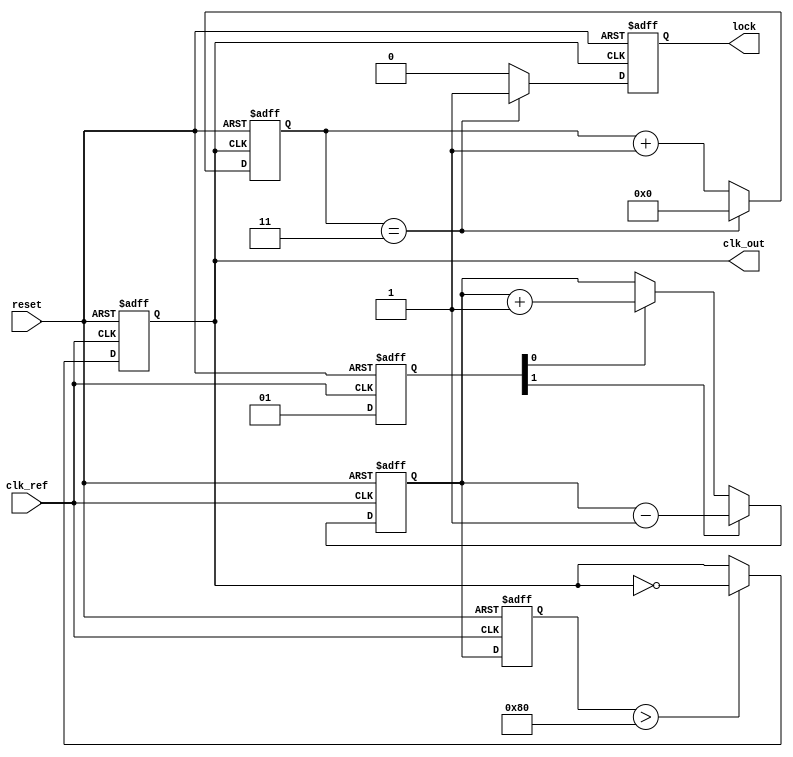
module cp_pll (
    input wire clk_ref,         // Reference clock input
    input wire reset,           // Reset signal
    output reg clk_out,         // Output clock from VCO
    output reg lock             // Lock status indicator
);

    // Parameters
    parameter I_UP = 1'b1;      // Charge pump UP current
    parameter I_DOWN = 1'b1;    // Charge pump DOWN current
    parameter DIV_FACTOR = 4;    // Divider factor for feedback

    // Internal signals
    reg [1:0] phase_detector;    // Phase detector output
    reg [7:0] charge_pump_output; // Charge pump output (control voltage)
    reg [7:0] loop_filter_output; // Loop filter output (control voltage for VCO)
    reg [3:0] vco_counter;        // VCO counter for frequency generation
    reg [3:0] divider_counter;    // Divider counter for feedback

    // Phase Detector
    always @(posedge clk_ref or posedge reset) begin
        if (reset) begin
            phase_detector <= 2'b00; // Reset phase detector
        end else begin
            // Simple phase comparison logic
            // This is a placeholder for actual phase detection logic
            // For example, UP if clk_ref leads VCO feedback, DOWN otherwise
            if (clk_ref) begin
                phase_detector[0] <= 1; // UP signal
                phase_detector[1] <= 0; // DOWN signal
            end else begin
                phase_detector[0] <= 0; // UP signal
                phase_detector[1] <= 1; // DOWN signal
            end
        end
    end

    // Charge Pump
    always @(posedge clk_ref or posedge reset) begin
        if (reset) begin
            charge_pump_output <= 8'b0; // Reset charge pump output
        end else begin
            if (phase_detector[0]) begin
                charge_pump_output <= charge_pump_output + I_UP; // UP
            end
            if (phase_detector[1]) begin
                charge_pump_output <= charge_pump_output - I_DOWN; // DOWN
            end
        end
    end

    // Loop Filter (simple first-order filter)
    always @(posedge clk_ref or posedge reset) begin
        if (reset) begin
            loop_filter_output <= 8'b0; // Reset loop filter output
        end else begin
            loop_filter_output <= charge_pump_output; // Directly use charge pump output
        end
    end

    // Voltage-Controlled Oscillator (VCO)
    always @(posedge clk_ref or posedge reset) begin
        if (reset) begin
            vco_counter <= 4'b0; // Reset VCO counter
            clk_out <= 1'b0;     // Reset output clock
        end else begin
            // Simple VCO logic based on loop filter output
            if (loop_filter_output > 8'd128) begin
                vco_counter <= vco_counter + 1; // Increment VCO counter
                clk_out <= ~clk_out; // Toggle output clock
            end
        end
    end

    // Feedback Divider
    always @(posedge clk_out or posedge reset) begin
        if (reset) begin
            divider_counter <= 4'b0; // Reset divider counter
            lock <= 1'b0;            // Reset lock status
        end else begin
            if (divider_counter == DIV_FACTOR - 1) begin
                divider_counter <= 4'b0; // Reset counter
                lock <= 1'b1;            // Indicate locked
            end else begin
                divider_counter <= divider_counter + 1; // Increment counter
                lock <= 1'b0;            // Indicate not locked
            end
        end
    end

endmodule